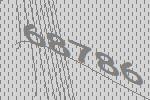
68786